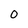
Character: 0